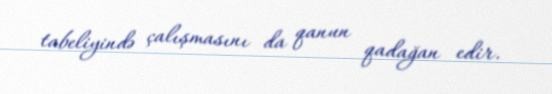
tabeliyində çalışmasını da qanun qadağan edir.